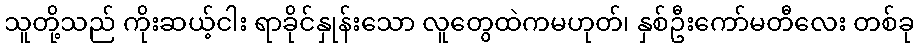
သူတို့သည် ကိုးဆယ့်ငါး ရာခိုင်နှုန်းသော လူတွေထဲကမဟုတ်၊ နှစ်ဦးကော်မတီလေး တစ်ခု